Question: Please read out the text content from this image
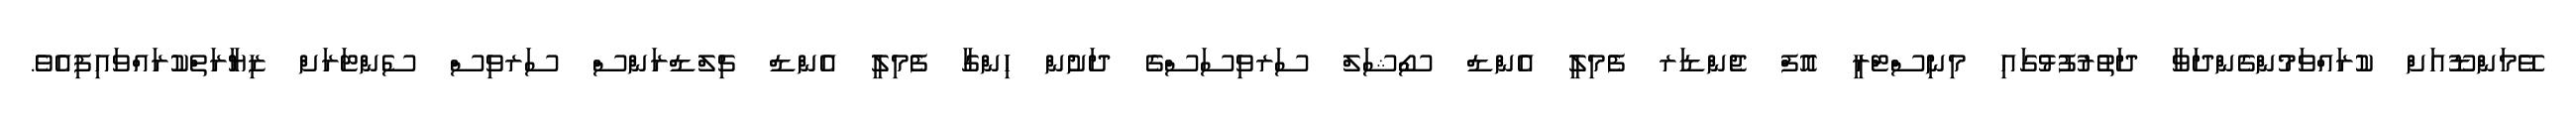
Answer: ވޭމަންޑޫއަށް ކުރައްވަމުންގެންދަވާ ދަތުރުފުޅުގައި މިނިސްޓްރީ އޮފް ޖެންޑަރ ފެމިލީ އެންޑް ސޯޝަލް ސަރވިސަސްގެ ދަށުން ހިންގާ ފެމިލީ އެންޑް ޗިލްޑްރަންސް ސަރވިސް ސެންޓަރަށް ޒިޔާރަތްކުރައްވައިފިއެވެ.